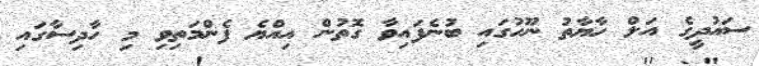
ސައުދީގެ އަލް ހާޔާތު ނޫހުގައި ބުނެފައިވާ ގޮތުން އިއްޔެ ފެންމަތިވި މި ހާދިސާގައި